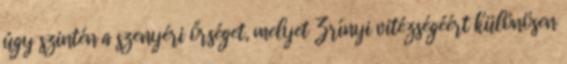
úgy szintén a szenyéri őrséget, melyet Zrínyi vitézségéért különösen